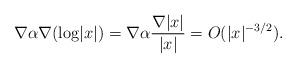
LaTeX: \begin{align*}\nabla \alpha \nabla (\textrm{log} |x|)=\nabla \alpha \frac{\nabla |x|}{|x|}=O(|x|^{-3/2}).\end{align*}